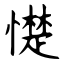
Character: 憷